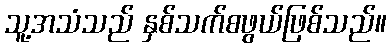
သူ့အသံသည် နှစ်သက်စဖွယ်ဖြစ်သည်။